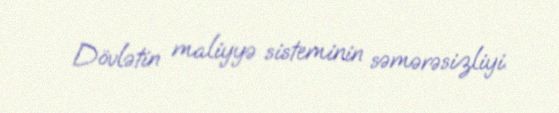
Dövlətin maliyyə sisteminin səmərəsizliyi.